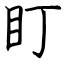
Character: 盯